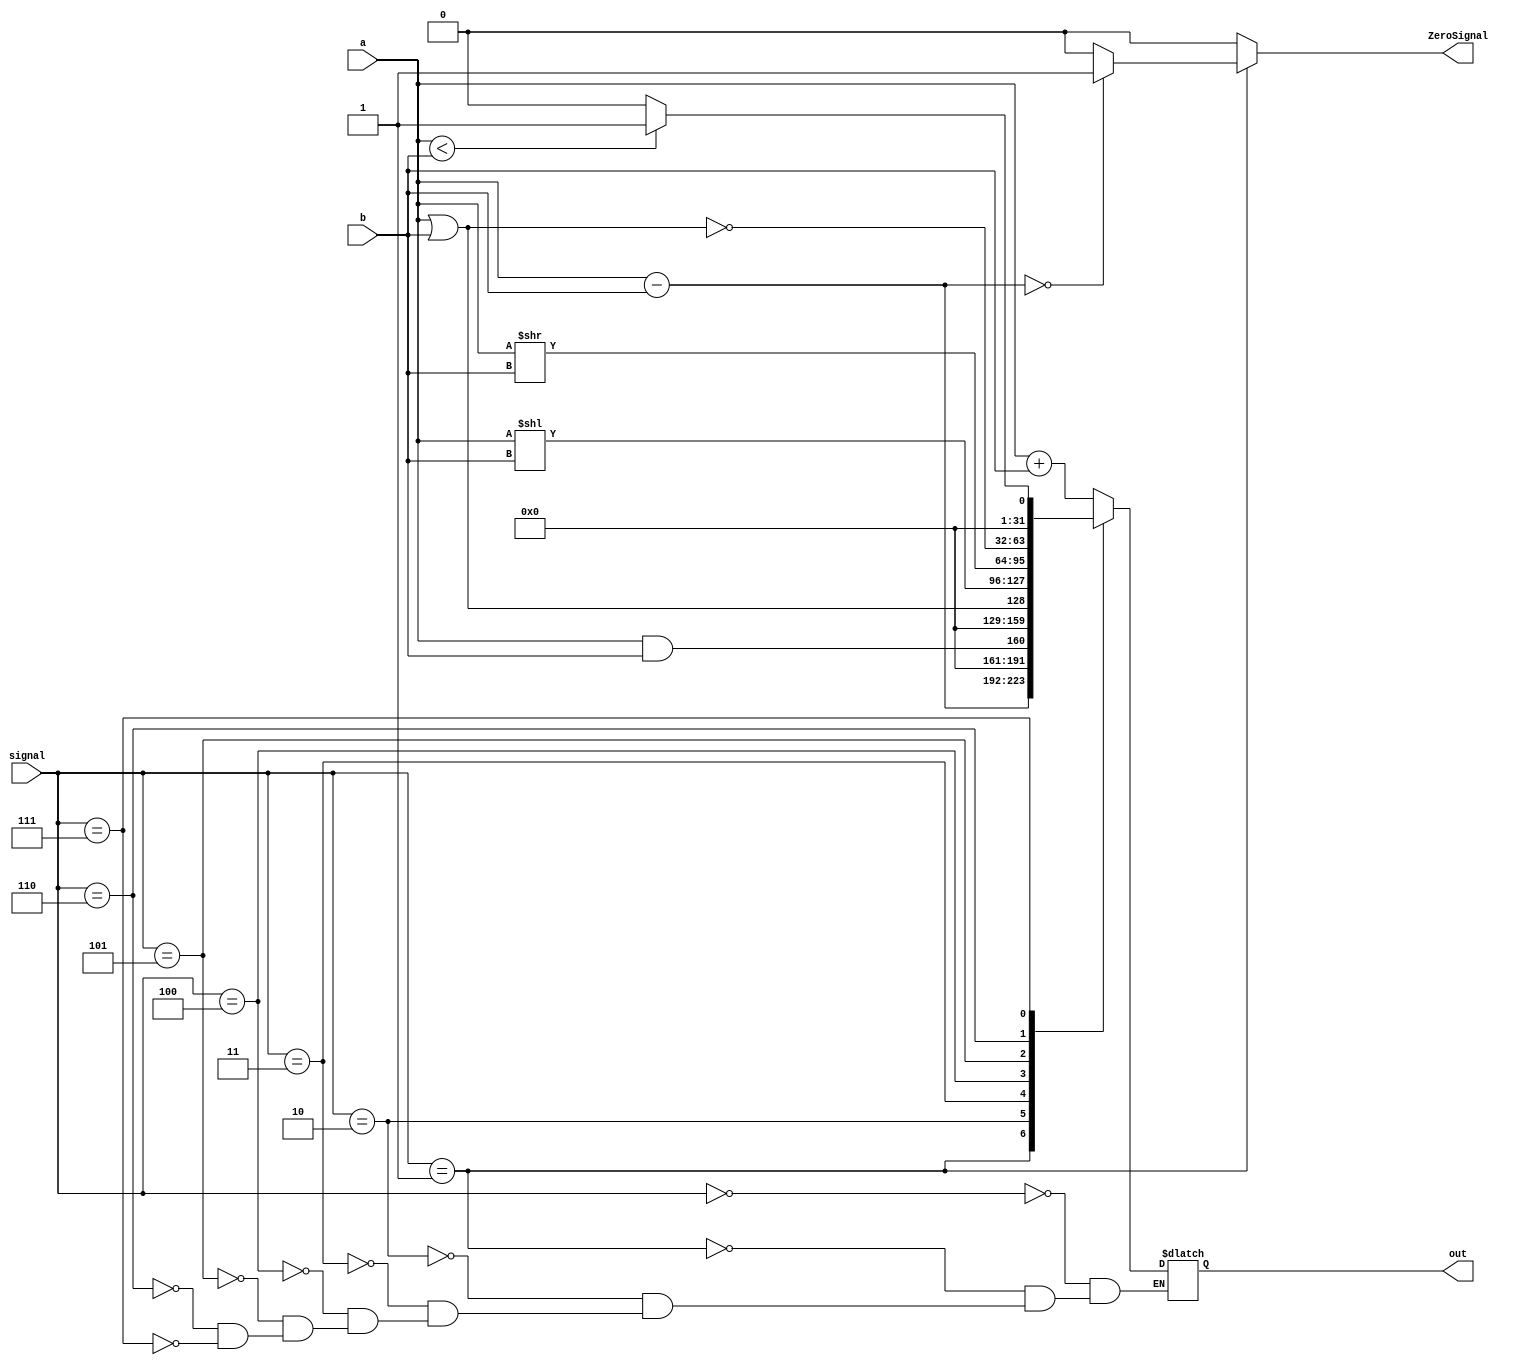
module alu(signal,a,b,out,ZeroSignal);
	input [31:0] a,b;
	input [3:0] signal;
	output [31:0]out;
	output ZeroSignal;	
	reg ZeroSignal;
	reg[31:0] out;
		always @ (signal)
			begin
				ZeroSignal=1'b0;
				case(signal)
						4'b0000:out=a+b;
						4'b0001:
						begin
							 out=a-b;
							if (out==0)  ZeroSignal=1'b1;
						end
						4'b0010: out=a&&b;
						4'b0011: out=a||b;
						4'b0100: out=a<<b;
						4'b0101: out=a>>b;
						4'b0110: out=~(a||b);
						4'b0111:
						begin
							if(a<b) out=1;
							else  out=0;
						end
				endcase
			end
endmodule